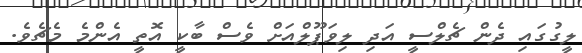
ލީގުގައި ދެން ޗެލްސީ އަދި ލިވަޕޫލްއަށް ވެސް ބާކީ އޮތީ އެންމެ މެޗެވެ.